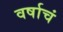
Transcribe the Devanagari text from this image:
वर्षाचं